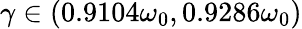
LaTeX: \gamma\in(0.9104\omega_{0},0.9286\omega_{0})